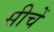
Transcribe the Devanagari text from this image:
सीचें